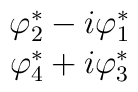
\begin{array}{c}\varphi^{*}_{2} - i\varphi^{*}_{1}\\\varphi^{*}_{4} + i\varphi^{*}_{3}\\\end{array}